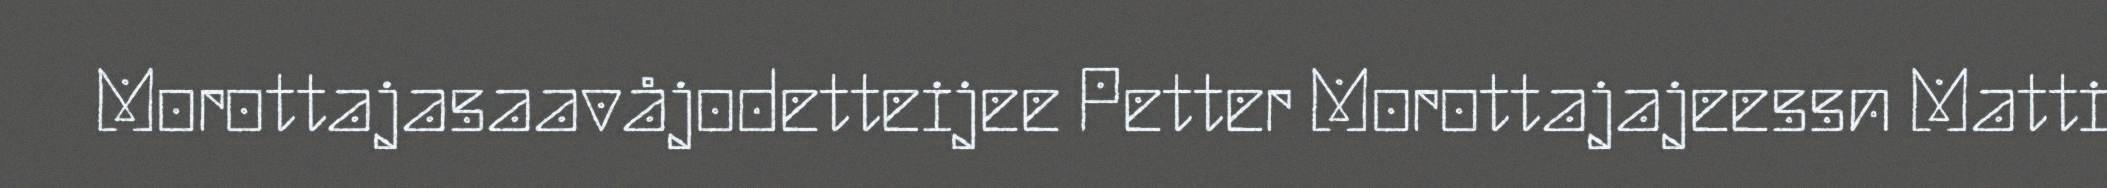
Morottajasaavåjodetteijee Petter Morottajajeessn Matti